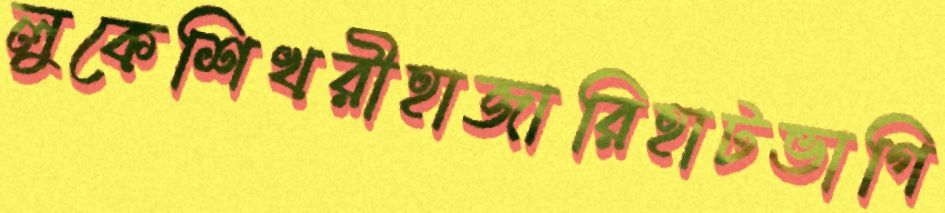
লুকেশিখরীহাজারিহাটভাগি